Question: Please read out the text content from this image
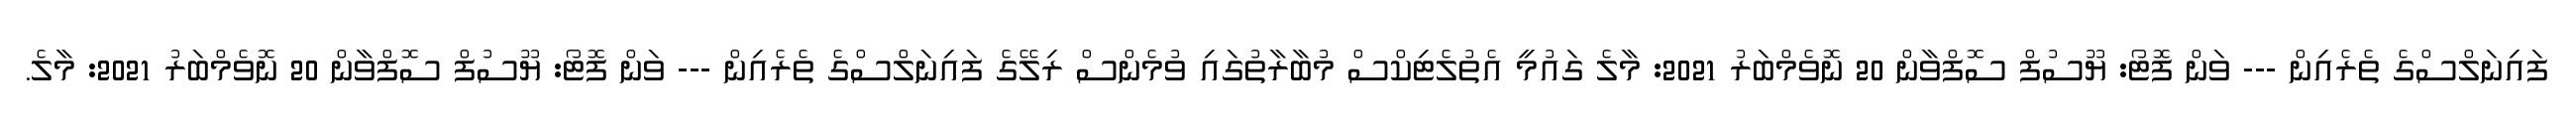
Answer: ފައިނަލްސްގެ ތެރެއިން --- ވަން ފޮޓޯ: ޔޫސުފް ސޮފްވާން 20 ނޮވެމްބަރު 2021: މާލެ ގައުމީ އެތުލެޓިކްސް މުބާރާތުގައި ވުމެންސް ރިލޭގެ ފައިނަލްސްގެ ތެރެއިން --- ވަން ފޮޓޯ: ޔޫސުފް ސޮފްވާން 20 ނޮވެމްބަރު 2021: މާލެ.